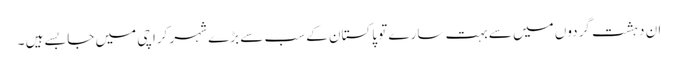
ان دہشت گردوں میں سے بہت سارے تو پاکستان کے سب سے بڑے شہر کراچی میں جا بسے ہیں ۔